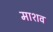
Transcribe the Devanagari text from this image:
माशव